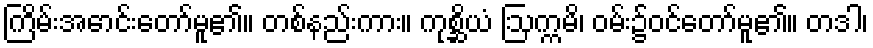
ကြိမ်းအောင်းတော်မူ၏။ တစ်နည်းကား။ ကုစ္ဆိယံ ဩက္ကမိ၊ ဝမ်း၌ဝင်တော်မူ၏။ တဒါ၊